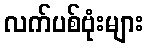
လက်ပစ်ဗုံးများ